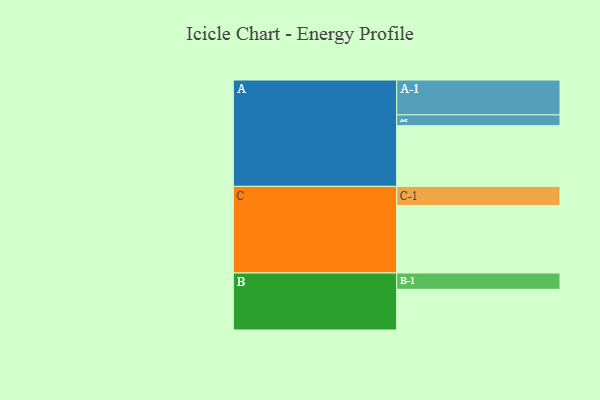
{"axis": {"x": "Segment", "y": "Value"}, "legend": ["", "A", "B", "C"], "data": [{"x": "A", "y": 513, "type": ""}, {"x": "B", "y": 344, "type": ""}, {"x": "C", "y": 571, "type": ""}, {"x": "A-1", "y": 295, "type": "A"}, {"x": "A-2", "y": 92, "type": "A"}, {"x": "B-1", "y": 138, "type": "B"}, {"x": "C-1", "y": 162, "type": "C"}]}